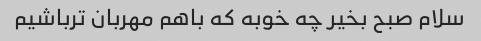
سلام صبح بخیر چه خوبه که باهم مهربان ترباشیم